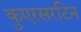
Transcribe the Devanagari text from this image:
कुएरसरटिन